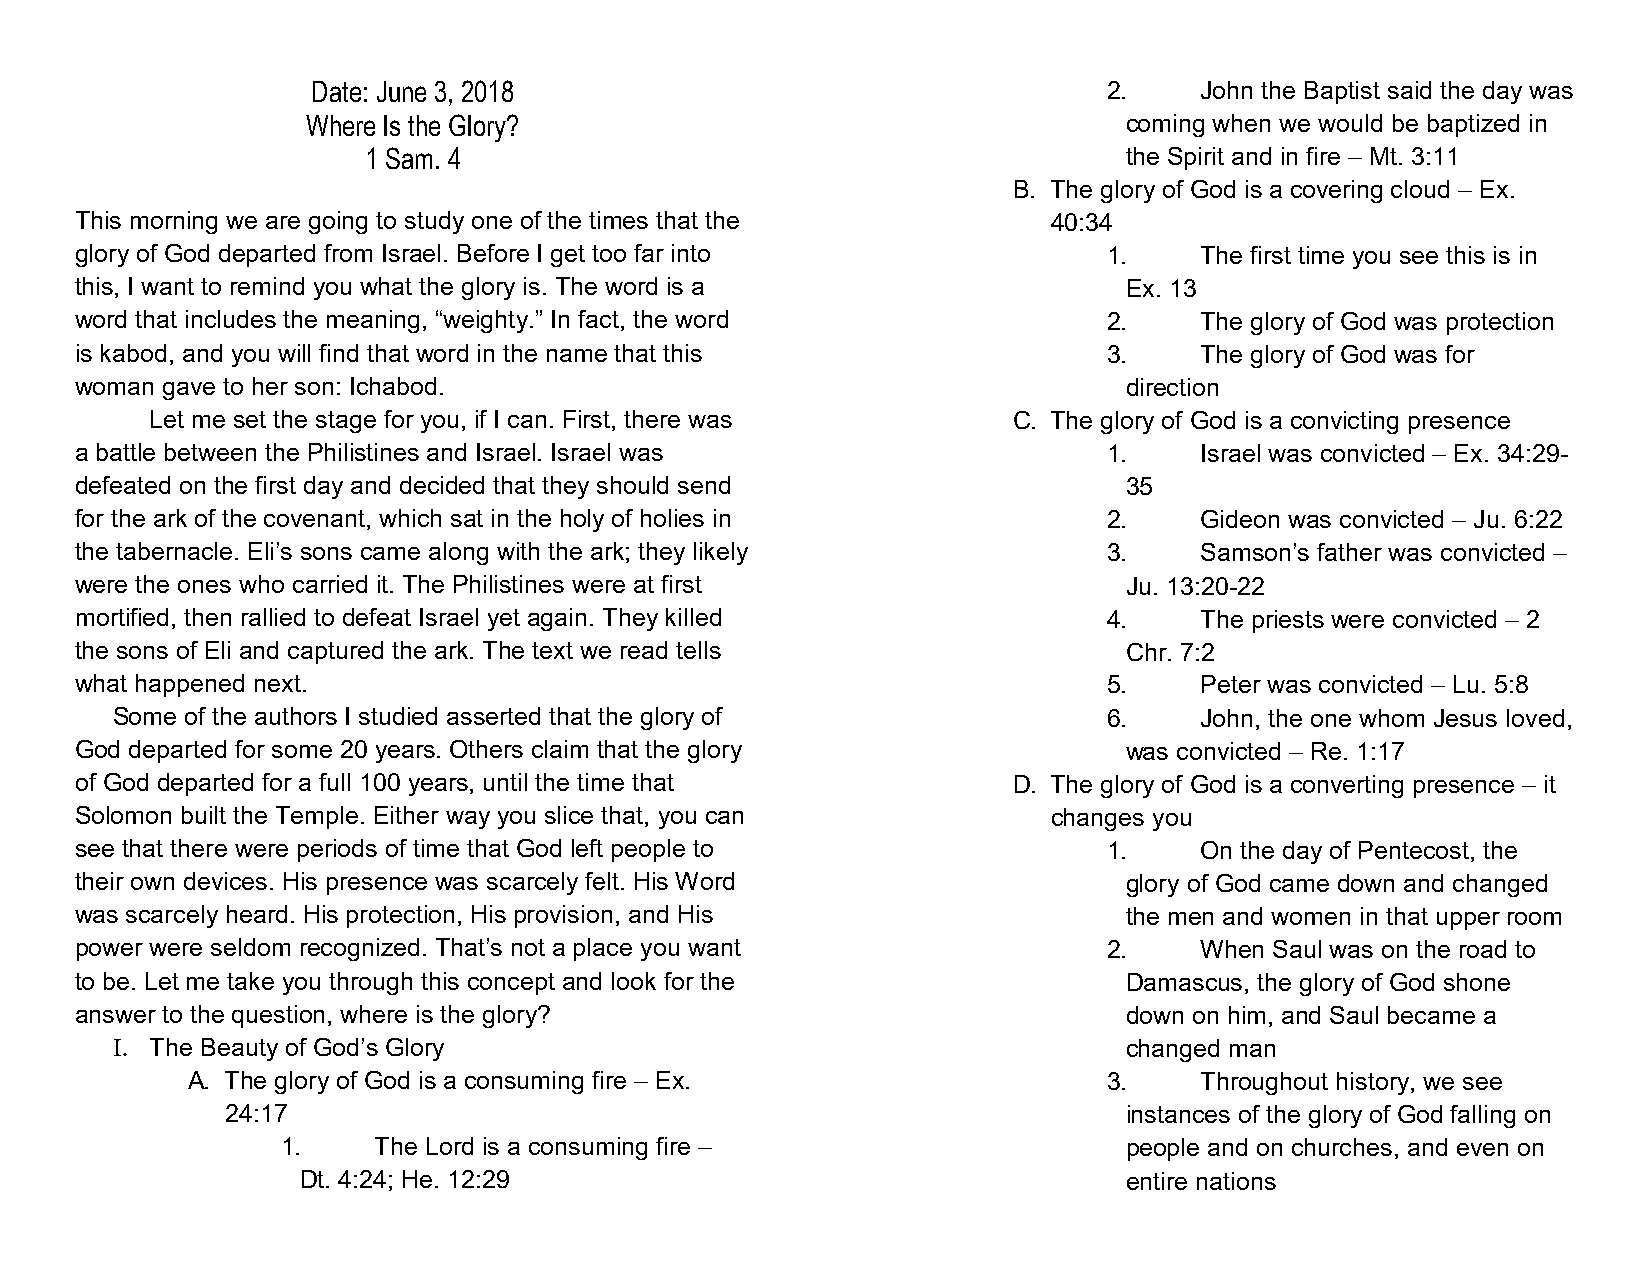
Date: June 3, 2018                                  2.    John the Baptist said the day was
 Where Is the Glory?                                   coming when we would be baptized in
 1 Sam. 4                                          the Spirit and in fire – Mt. 3:11
 B. The glory of God is a covering cloud – Ex.
 This morning we are going to study one of the times that the     40:34
 glory of God departed from Israel. Before I get too far into        1.    The first time you see this is in
 this, I want to remind you what the glory is. The word is a          Ex. 13
 word that includes the meaning, “weighty.” In fact, the word        2.    The glory of God was protection
 is kabod, and you will find that word in the name that this         3.    The glory of God was for
 woman gave to her son: Ichabod.                                      direction
 Let me set the stage for you, if I can. First, there was C. The glory of God is a convicting presence
 a battle between the Philistines and Israel. Israel was             1.    Israel was convicted – Ex. 34:29-
 defeated on the first day and decided that they should send          35
 for the ark of the covenant, which sat in the holy of holies in     2.    Gideon was convicted – Ju. 6:22
 the tabernacle. Eli’s sons came along with the ark; they likely     3.    Samson’s father was convicted –
 were the ones who carried it. The Philistines were at first          Ju. 13:20-22
 mortified, then rallied to defeat Israel yet again. They killed     4.    The priests were convicted – 2
 the sons of Eli and captured the ark. The text we read tells         Chr. 7:2
 what happened next.                                                 5.    Peter was convicted – Lu. 5:8
 Some of the authors I studied asserted that the glory of          6.    John, the one whom Jesus loved,
 God departed for some 20 years. Others claim that the glory          was convicted – Re. 1:17
 of God departed for a full 100 years, until the time that     D. The glory of God is a converting presence – it
 Solomon built the Temple. Either way you slice that, you can     changes you
 see that there were periods of time that God left people to         1.    On the day of Pentecost, the
 their own devices. His presence was scarcely felt. His Word          glory of God came down and changed
 was scarcely heard. His protection, His provision, and His           the men and women in that upper room
 power were seldom recognized. That’s not a place you want           2.    When Saul was on the road to
 to be. Let me take you through this concept and look for the         Damascus, the glory of God shone
 answer to the question, where is the glory?                          down on him, and Saul became a
 I. The Beauty of God’s Glory                                       changed man
 A. The glory of God is a consuming fire – Ex.                3.    Throughout history, we see
 24:17                                                      instances of the glory of God falling on
 1.    The Lord is a consuming fire –                   people and on churches, and even on
 Dt. 4:24; He. 12:29                                   entire nations